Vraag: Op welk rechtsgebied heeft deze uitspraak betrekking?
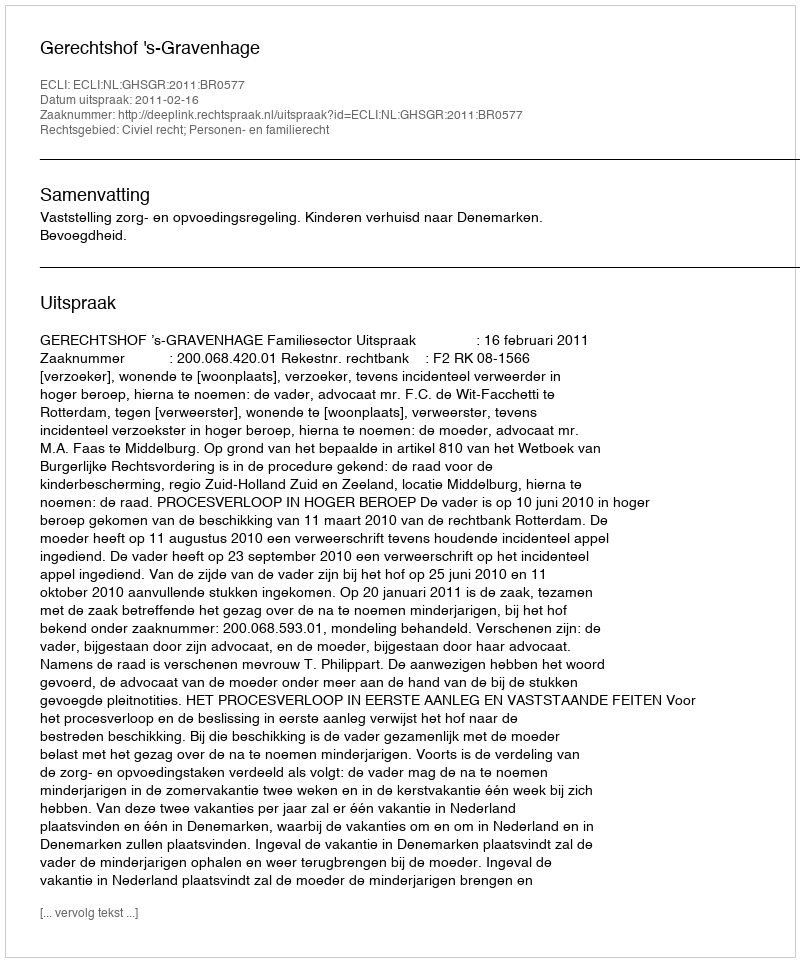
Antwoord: Civiel recht; Personen- en familierecht